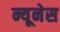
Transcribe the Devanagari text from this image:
न्यूनेस